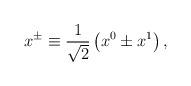
LaTeX: \begin{align*}x^\pm\equiv \frac{1}{\sqrt{2}}\left(x^0\pm x^1\right),\end{align*}